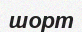
шорт